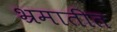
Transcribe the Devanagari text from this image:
भ्रमातीत